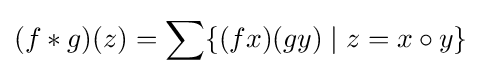
\displaystyle (f*g)(z)=\sum \{(fx)(gy)\mid z=x\circ y\}